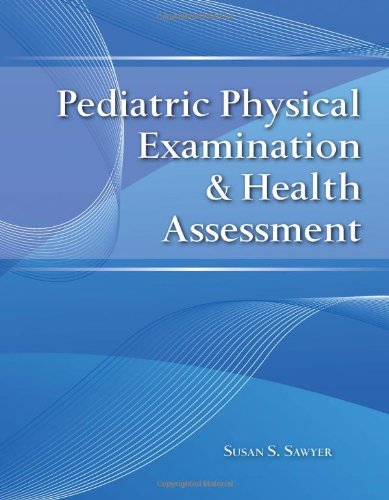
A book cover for Pediatric Physical Examination  &  Health Assessment; Susan S. Sawyer; Medical Books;